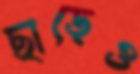
ছাড়েও